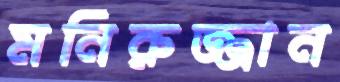
মনিরুজ্জান